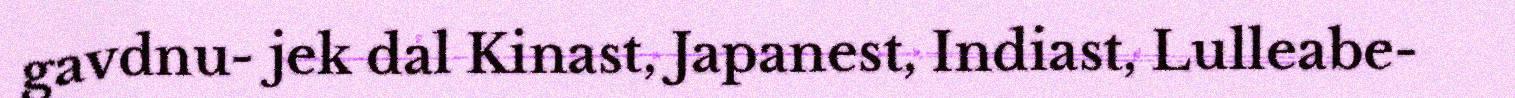
gavdnu- jek dal Kinast, Japanest, Indiast, Lulleabe-